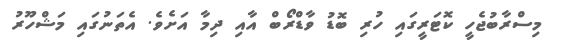
މިސްރާބުޖެހީ ކޮޓަރީގައި ހުރި ބޮޑު ވާޑްރޯބް އާއި ދިމާ އަށެވެ. އެތަނުގައި މަޝްހޫރު